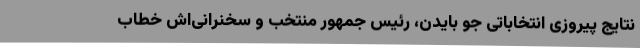
نتایج پیروزی انتخاباتی جو بایدن، رئیس جمهور منتخب و سخنرانی‌اش خطاب